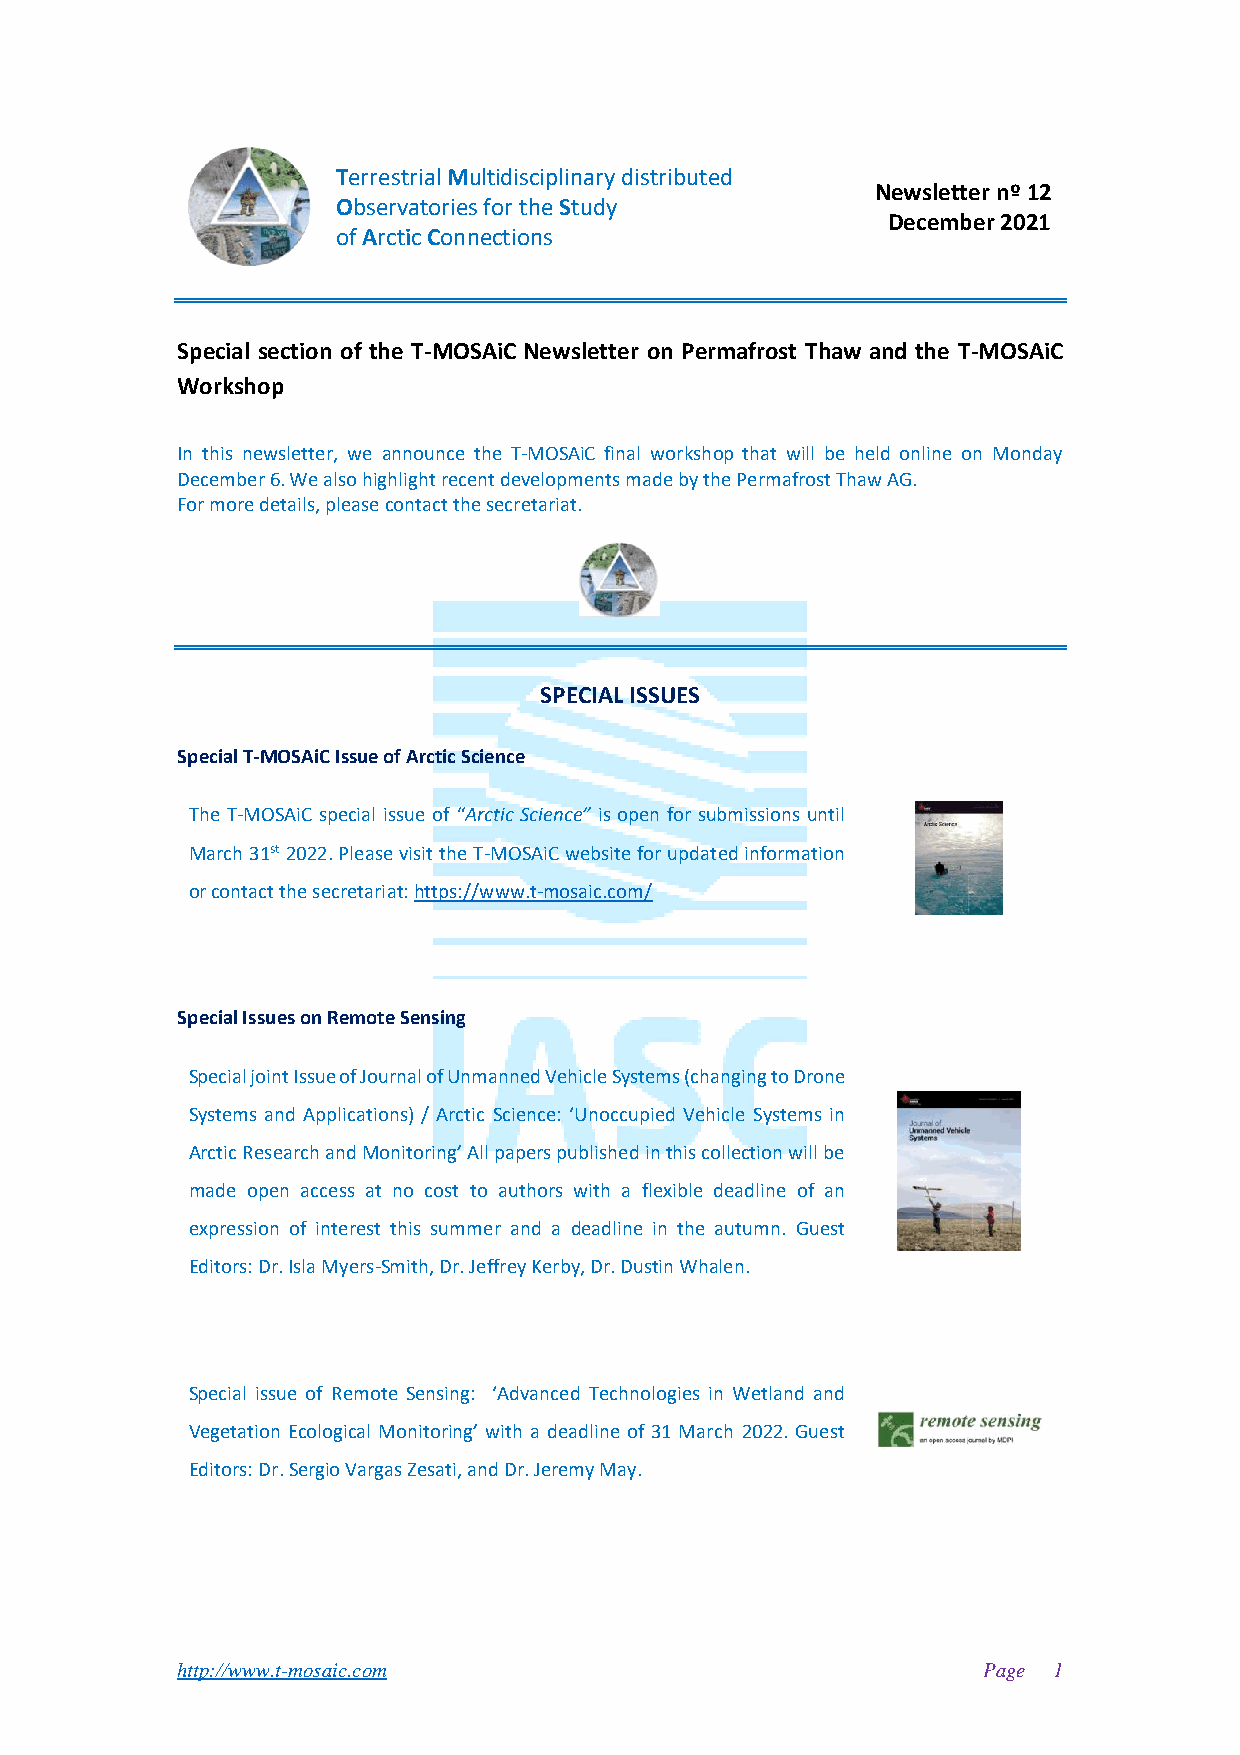
Terrestrial Multidisciplinary distributed
 Newsletter nº 12
 Observatories for the Study
 December 2021
 of Arctic Connections
 Special section of the T-MOSAiC Newsletter on Permafrost Thaw and the T-MOSAiC
 Workshop
 In this newsletter, we announce the T-MOSAiC final workshop that will be held online on Monday
 December 6. We also highlight recent developments made by the Permafrost Thaw AG.
 For more details, please contact the secretariat.
 SPECIAL ISSUES
 Special T-MOSAiC Issue of Arctic Science
 The T-MOSAiC special issue of “Arctic Science” is open for submissions until
 March 31st 2022. Please visit the T-MOSAiC website for updated information
 or contact the secretariat: https://www.t-mosaic.com/
 Special Issues on Remote Sensing
 Special joint Issue of Journal of Unmanned Vehicle Systems (changing to Drone
 Systems and Applications) / Arctic Science: ‘Unoccupied Vehicle Systems in
 Arctic Research and Monitoring’ All papers published in this collection will be
 made open access at no cost to authors with a flexible deadline of an
 expression of interest this summer and a deadline in the autumn. Guest
 Editors: Dr. Isla Myers-Smith, Dr. Jeffrey Kerby, Dr. Dustin Whalen.
 Special issue of Remote Sensing: ‘Advanced Technologies in Wetland and
 Vegetation Ecological Monitoring’ with a deadline of 31 March 2022. Guest
 Editors: Dr. Sergio Vargas Zesati, and Dr. Jeremy May.
 http://www.t-mosaic.com                              Page 1